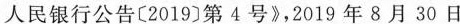
人民银行公告〔2019〕第4号》，2019年8月30日